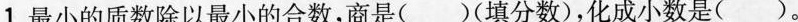
1.最小的质数除以最小的合数，商是（ ）（填分数），化成小数是（ ）。